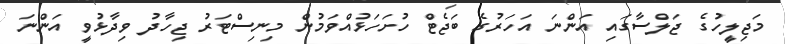
މަޖިލީހުގެ ޖަލްސާގައި އަންނަ އަހަރުގެ ބަޖެޓް ހުށަހަޅުއްވަމުން މިނިސްޓަރު ޖިހާދު ވިދާޅުވީ އަންނަ